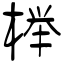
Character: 榉